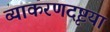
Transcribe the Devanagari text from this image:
व्याकरणदृष्टया